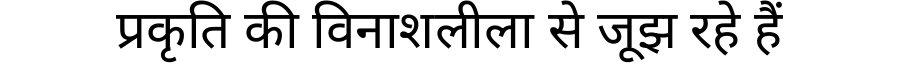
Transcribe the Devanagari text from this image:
प्रकृति की विनाशलीला से जूझ रहे हैं